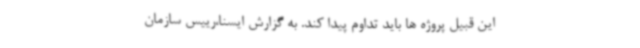
این قبیل پروژه ها باید تداوم پیدا کند. به گزارش ایسنا،رییس سازمان